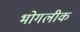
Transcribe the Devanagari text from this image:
भोगलीक